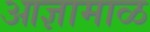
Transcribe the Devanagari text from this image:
आज्ञामाळ